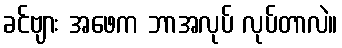
ခင်ဗျား အဖေက ဘာအလုပ် လုပ်တာလဲ။